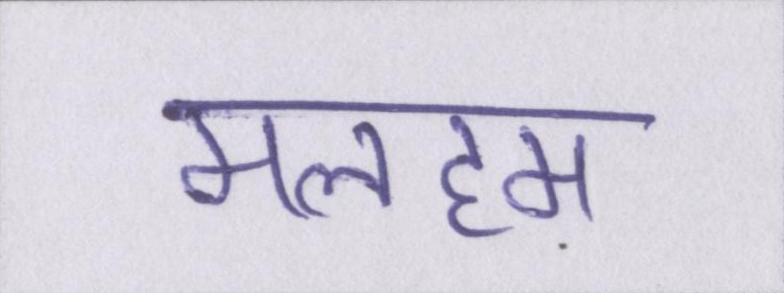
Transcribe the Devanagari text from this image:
मलहम